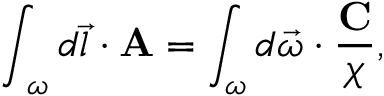
\int _ { { \bf \partial } \omega } d \vec { l } \cdot { \bf A } = \int _ { \omega } d \vec { \omega } \cdot \frac { { \bf C } } { \chi } ,